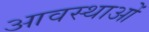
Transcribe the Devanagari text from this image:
आवस्थाओं